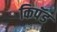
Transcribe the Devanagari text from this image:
किपॅड